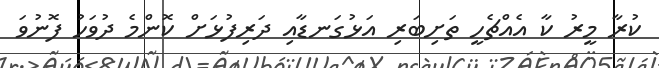
ކުރާ މީރު ކާ އެއްޗެހީ ތަށިބަރި އަޅުގަނޑާއި ދަރިފުޅަށް ކޮންމެ ދުވަހު ފޮނުވަ